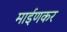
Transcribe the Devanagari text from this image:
माईणकर